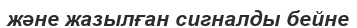
және жазылған сигналды бейне